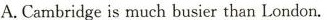
A.Cambridgeis much busier than London.